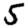
Digit: 5